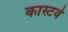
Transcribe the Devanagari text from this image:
कास्टवे